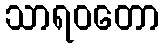
သာရဝတော